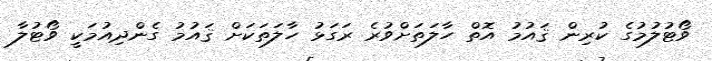
ވޯޓުލުމުގެ ކުރިން ޤައުމު އޮތް ހާލަތަށްވުރެ ރަގަޅު ހާލަތަކަށް ޤައުމު ގެންދިއުމަކީ ވޯޓުލާ